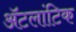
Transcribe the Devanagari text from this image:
ॲटलांटिक